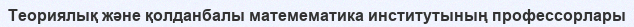
Теориялық және қолданбалы матемематика институтының профессорлары